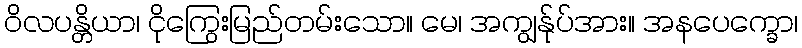
ဝိလပန္တိယာ၊ ငိုကြွေးမြည်တမ်းသော။ မေ၊ အကျွန်ုပ်အား။ အနပေက္ခော၊